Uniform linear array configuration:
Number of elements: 64
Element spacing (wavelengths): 1
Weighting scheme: binomial
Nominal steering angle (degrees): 30
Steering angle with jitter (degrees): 29.508
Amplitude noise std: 0.05
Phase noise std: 0.05

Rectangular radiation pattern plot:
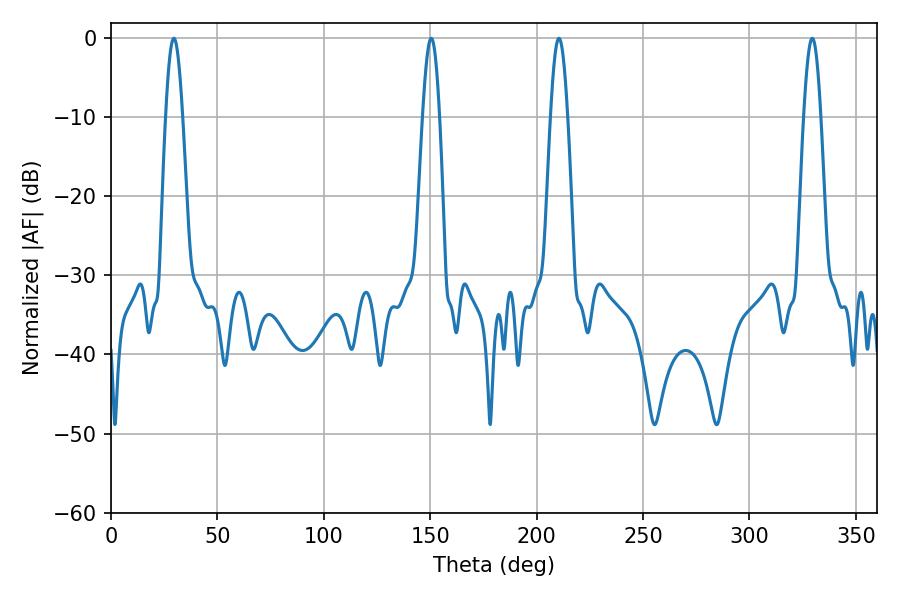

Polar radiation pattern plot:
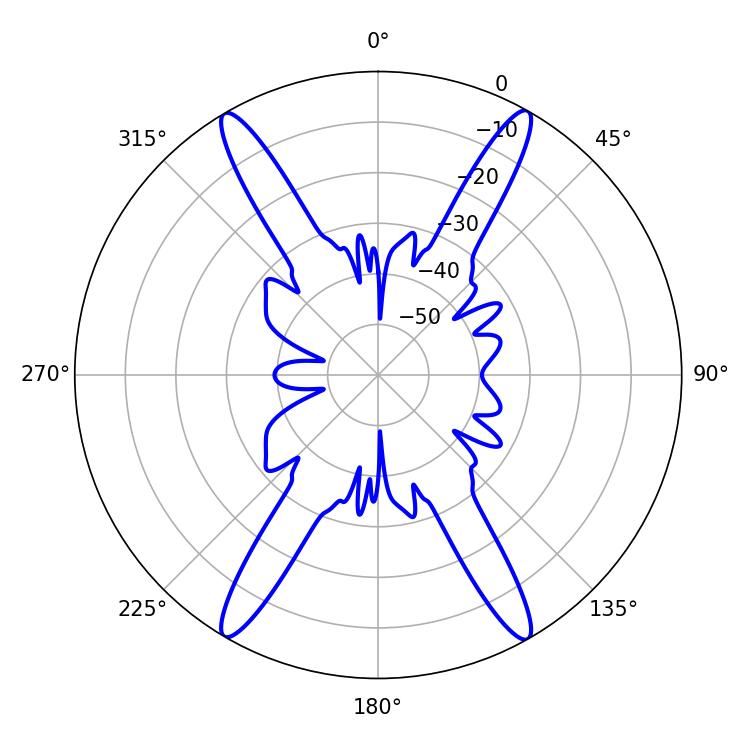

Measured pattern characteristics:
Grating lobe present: TRUE
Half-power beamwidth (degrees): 4.32
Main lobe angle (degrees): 29.52